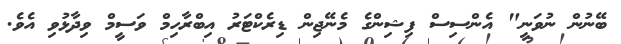
ބޭނުން ނުވަނީ" އެންސިސް ފިޝިންގެ މެނޭޖިން ޑިރެކްޓަރު އިބްރާހިމް ވަސީމް ވިދާޅުވި އެވެ.